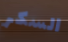
السكر